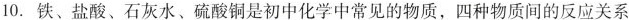
10.铁、盐酸、石灰水、硫酸铜是初中化学中常见的物质，四种物质间的反应关系